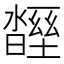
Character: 𣍒